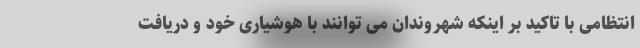
انتظامی با تاکید بر اینکه شهروندان می توانند با هوشیاری خود و دریافت